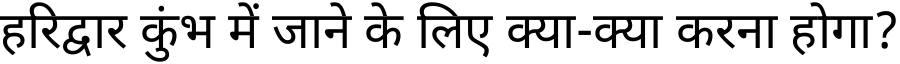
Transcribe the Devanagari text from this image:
हरिद्वार कुंभ में जाने के लिए क्या-क्या करना होगा?